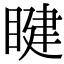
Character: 睷